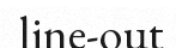
line-out